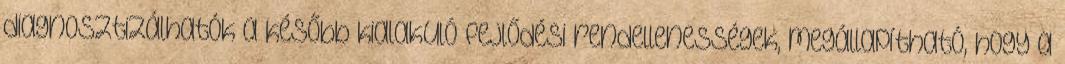
diagnosztizálhatók a később kialakuló fejlődési rendellenességek, megállapítható, hogy a